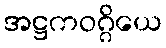
အဋ္ဌကဝဂ္ဂိယေ